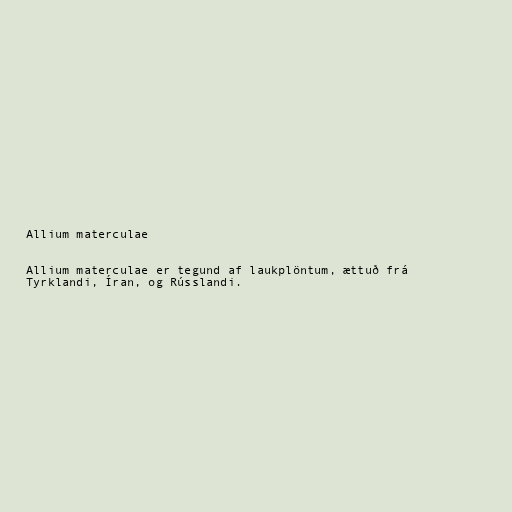
Allium materculae

Allium materculae er tegund af laukplöntum, ættuð frá
Tyrklandi, Íran, og Rússlandi.